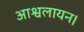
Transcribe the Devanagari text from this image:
आश्वलायन।